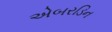
એબરડિન